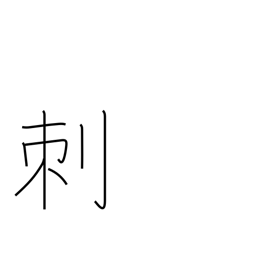
Meaning: thorn